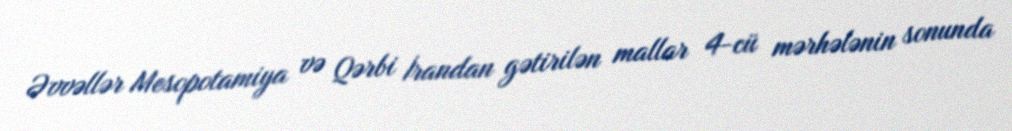
Əvvəllər Mesopotamiya və Qərbi İrandan gətirilən mallar 4-cü mərhələnin sonunda